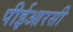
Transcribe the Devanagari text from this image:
पीईआरसी